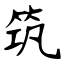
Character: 筑